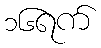
၁၆ရက်